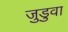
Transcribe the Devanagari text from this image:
जुडुवा